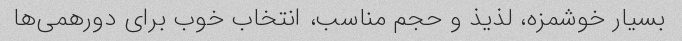
بسیار خوشمزه، لذیذ و حجم مناسب، انتخاب خوب برای دورهمی‌ها